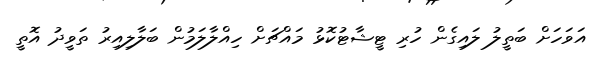
އަވަހަށް ބަތީލު ލައިގެން ހުރި ޓީޝާޓުކޮޅު މައްޗަށް ހިއްލާލަމުން ބަލާލިއިރު ތަވީދު އޮތީ